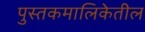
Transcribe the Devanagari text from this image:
पुस्तकमालिकेतील